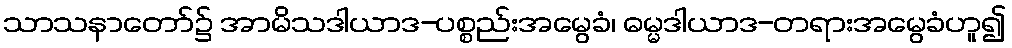
သာသနာတော်၌ အာမိသဒါယာဒ-ပစ္စည်းအမွေခံ၊ ဓမ္မဒါယာဒ-တရားအမွေခံဟူ၍